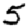
Digit: 5